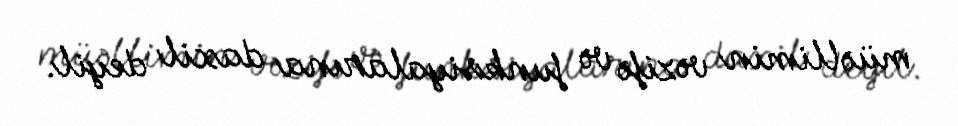
müəllimin vəzifə və funksiyalarına daxil deyil.